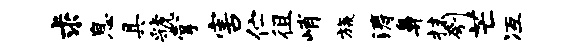
求息具虢掌害伫徂峭旒涛鼻抹刳芒冱